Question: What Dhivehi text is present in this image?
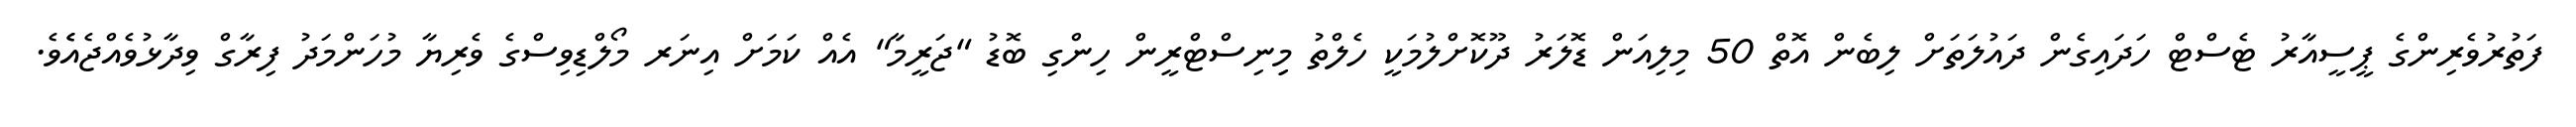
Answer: ފަތުރުވެރިންގެ ޕީސީއާރު ޓެސްޓް ހަދައިގެން ދައުލަތަށް ލިބެން އޮތް 50 މިލިއަން ޑޮލަރު ދޫކޮށްލުމަކީ ހެލްތު މިިނިސްޓްރީން ހިންގި ބޮޑު "ޖަރީމާ" އެއް ކަމަށް އިނަރ މޯލްޑިވިސްގެ ވެރިޔާ މުހަންމަދު ފިރާގް ވިދާޅުވެއްޖެއެެވެ.